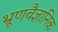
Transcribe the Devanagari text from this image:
भ्रूणवैज्ञानिक